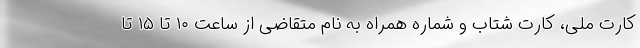
کارت ملی، کارت شتاب و شماره همراه به نام متقاضی از ساعت ۱۰ تا ۱۵ تا